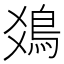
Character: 𩾾